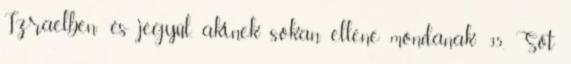
Izraelben; és jegyül, akinek sokan ellene mondanak; 35. Sőt